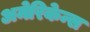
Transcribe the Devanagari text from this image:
अमेरिकेन्स